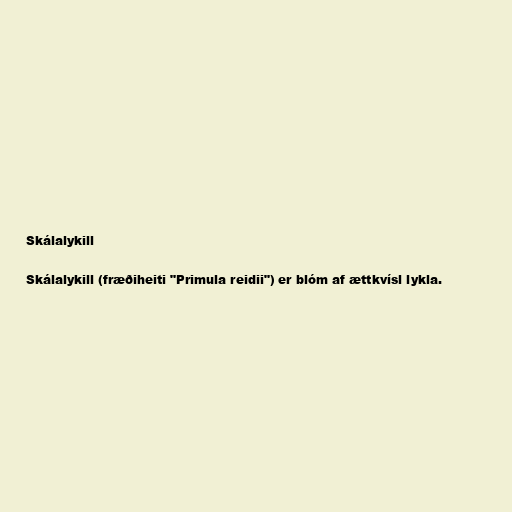
Skálalykill

Skálalykill (fræðiheiti "Primula reidii") er blóm af ættkvísl lykla.